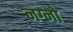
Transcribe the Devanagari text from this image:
नग्नो